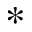
*